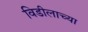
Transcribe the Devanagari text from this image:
विडीलाच्या